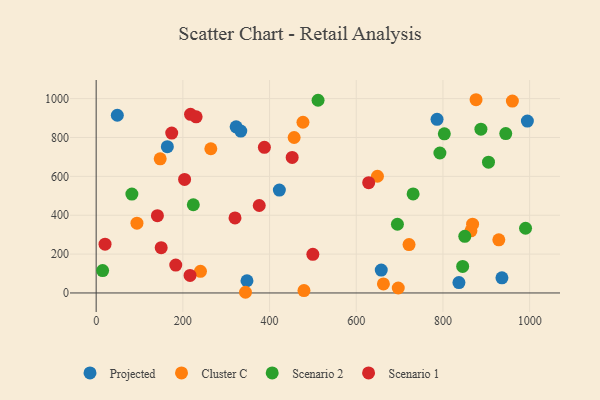
{"axis": {"x": "Experience", "y": "Yield"}, "legend": ["Cluster C", "Projected", "Scenario 1", "Scenario 2"], "data": [{"x": "786.4", "y": 893.7, "type": "Projected"}, {"x": "657.7", "y": 117.9, "type": "Projected"}, {"x": "836.9", "y": 53.3, "type": "Projected"}, {"x": "422.6", "y": 529.6, "type": "Projected"}, {"x": "164.2", "y": 752.5, "type": "Projected"}, {"x": "322.9", "y": 854.7, "type": "Projected"}, {"x": "936.1", "y": 78.1, "type": "Projected"}, {"x": "347.9", "y": 62.9, "type": "Projected"}, {"x": "333.6", "y": 833.0, "type": "Projected"}, {"x": "48.8", "y": 914.5, "type": "Projected"}, {"x": "994.8", "y": 884.3, "type": "Projected"}, {"x": "264.5", "y": 742.1, "type": "Cluster C"}, {"x": "876.4", "y": 994.3, "type": "Cluster C"}, {"x": "864.6", "y": 319.6, "type": "Cluster C"}, {"x": "928.9", "y": 273.3, "type": "Cluster C"}, {"x": "868.4", "y": 354.1, "type": "Cluster C"}, {"x": "696.9", "y": 25.4, "type": "Cluster C"}, {"x": "662.7", "y": 46.4, "type": "Cluster C"}, {"x": "721.8", "y": 249.2, "type": "Cluster C"}, {"x": "477.1", "y": 878.4, "type": "Cluster C"}, {"x": "94.1", "y": 359.3, "type": "Cluster C"}, {"x": "344.5", "y": 3.5, "type": "Cluster C"}, {"x": "240.6", "y": 111.4, "type": "Cluster C"}, {"x": "479.4", "y": 12.4, "type": "Cluster C"}, {"x": "456.7", "y": 799.9, "type": "Cluster C"}, {"x": "960.2", "y": 987.1, "type": "Cluster C"}, {"x": "648.9", "y": 600.6, "type": "Cluster C"}, {"x": "147.7", "y": 690.2, "type": "Cluster C"}, {"x": "845.5", "y": 136.3, "type": "Scenario 2"}, {"x": "803.2", "y": 819.0, "type": "Scenario 2"}, {"x": "511.9", "y": 991.5, "type": "Scenario 2"}, {"x": "905.1", "y": 672.8, "type": "Scenario 2"}, {"x": "14.9", "y": 115.3, "type": "Scenario 2"}, {"x": "990.6", "y": 332.9, "type": "Scenario 2"}, {"x": "224.1", "y": 453.8, "type": "Scenario 2"}, {"x": "944.9", "y": 820.0, "type": "Scenario 2"}, {"x": "850.4", "y": 291.3, "type": "Scenario 2"}, {"x": "793.0", "y": 720.2, "type": "Scenario 2"}, {"x": "82.4", "y": 508.6, "type": "Scenario 2"}, {"x": "695.0", "y": 353.6, "type": "Scenario 2"}, {"x": "731.2", "y": 509.6, "type": "Scenario 2"}, {"x": "887.6", "y": 842.7, "type": "Scenario 2"}, {"x": "217.7", "y": 919.2, "type": "Scenario 1"}, {"x": "150.0", "y": 233.0, "type": "Scenario 1"}, {"x": "230.6", "y": 906.5, "type": "Scenario 1"}, {"x": "216.6", "y": 90.4, "type": "Scenario 1"}, {"x": "183.6", "y": 143.7, "type": "Scenario 1"}, {"x": "452.2", "y": 697.2, "type": "Scenario 1"}, {"x": "388.1", "y": 749.4, "type": "Scenario 1"}, {"x": "204.0", "y": 584.0, "type": "Scenario 1"}, {"x": "499.9", "y": 199.0, "type": "Scenario 1"}, {"x": "141.3", "y": 397.5, "type": "Scenario 1"}, {"x": "320.3", "y": 386.0, "type": "Scenario 1"}, {"x": "628.7", "y": 567.4, "type": "Scenario 1"}, {"x": "376.2", "y": 450.0, "type": "Scenario 1"}, {"x": "20.5", "y": 250.8, "type": "Scenario 1"}, {"x": "174.3", "y": 822.8, "type": "Scenario 1"}]}